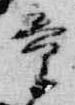
童